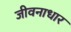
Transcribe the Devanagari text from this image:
जीवनाधार